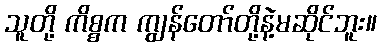
သူတို့ ကိစ္စက ကျွန်တော်တို့နဲ့မဆိုင်ဘူး။